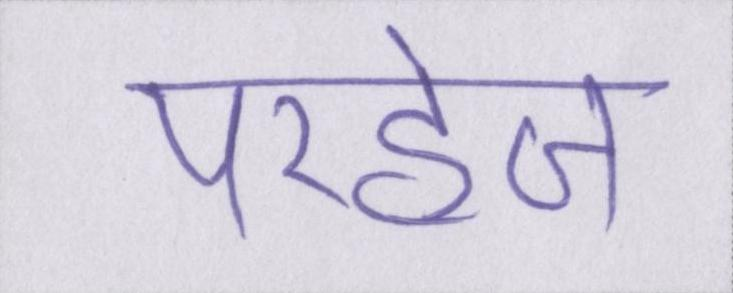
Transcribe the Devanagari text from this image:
परहेज